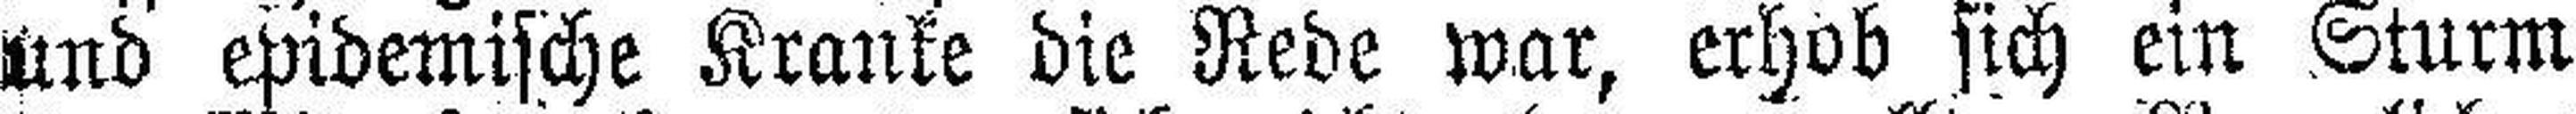
und epidemische Kranke die Rede war, erhob sich ein Sturm